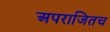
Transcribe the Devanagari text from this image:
अपराजितच